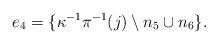
LaTeX: \begin{align*}e_4=\{\kappa^{-1}\pi^{-1}(j)\setminus n_5 \cup n_6 \}.\end{align*}